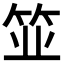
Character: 𫁺